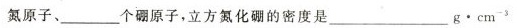
氮原子、___个硼原子，立方氮化硼的密度是___g\cdot cm^{-3}